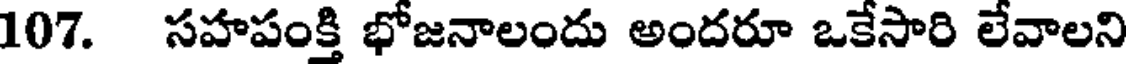
107. సహపంక్తి భోజనాలందు అందరూ ఒకేసారి లేవాలని